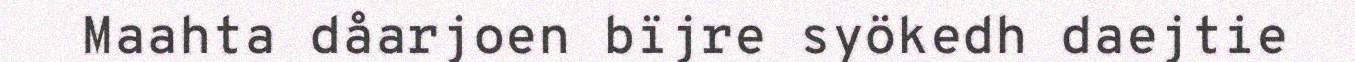
Maahta dåarjoen bïjre syökedh daejtie